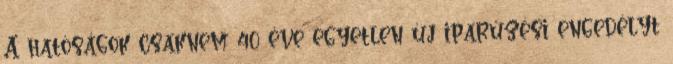
A hatóságok csaknem 40 éve egyetlen új iparűzési engedélyt